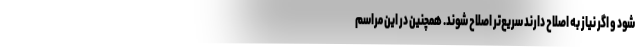
شود و اگر نیاز به اصلاح دارند سریع‌تر اصلاح شوند. همچنین در این مراسم